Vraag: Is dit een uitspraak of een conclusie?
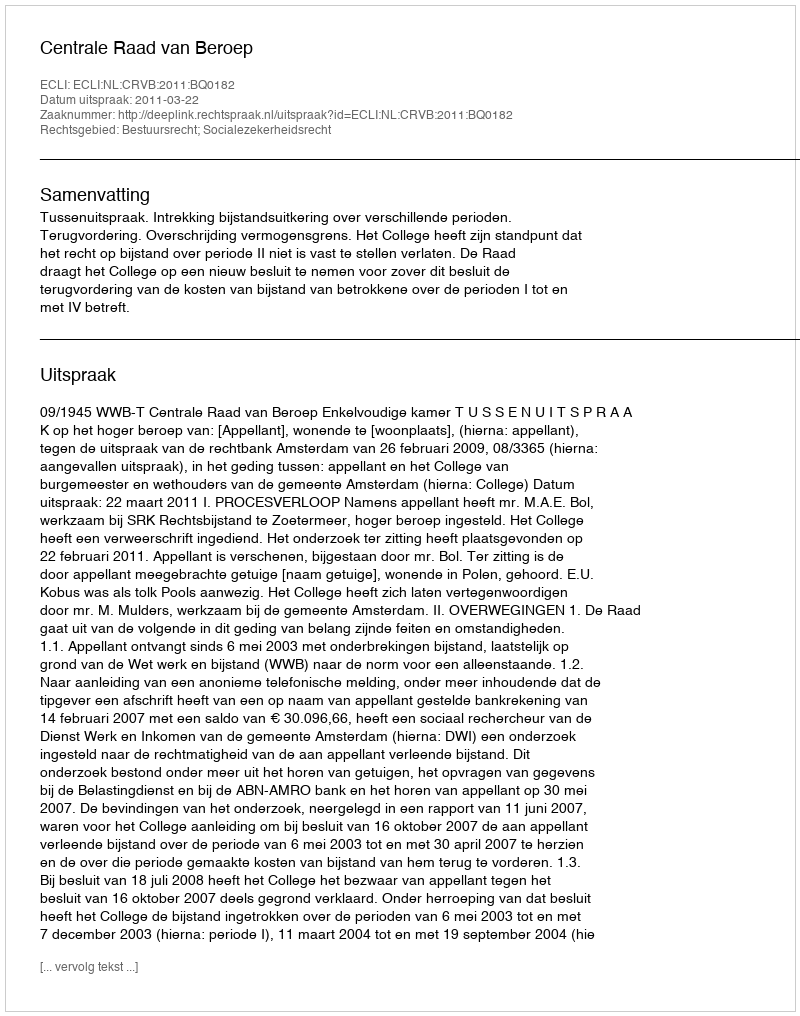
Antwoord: Uitspraak